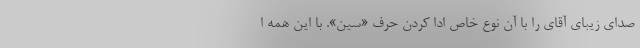
صدای زیبای آقای را با آن نوع خاص ادا کردن حرف «سین». با این همه ا